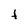
Character: t